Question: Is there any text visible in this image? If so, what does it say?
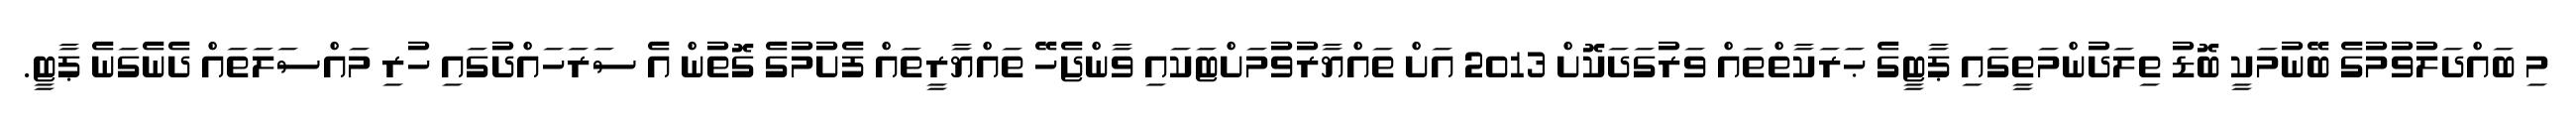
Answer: މި ބައްދަލުވުމުގެ ބޭނުމަކީ ބޮޑު ތިލަދުންމަތީގައި ޕާޓީގެ ޙަރަކާތްތައް ވަރުގަދަކޮށް 2013 އަށް ތައްޔާރުވުމަށްޓަކައި ވާންޖެހޭ ތައްޔާރީތައް ފެށުމުގެ ގޮތުން އެ ސަރަހައްދުގައި ހުރި މައްސަލަތައް ދެނެގަނެ ޕާޓީ.